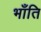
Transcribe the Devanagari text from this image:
भॉंति